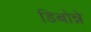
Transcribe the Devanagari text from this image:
डिबोन्ने